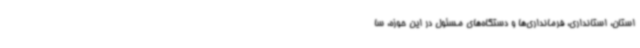
استان، استانداری، فرمانداری‌ها و دستگاه‌های مسئول در این حوزه، سا